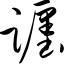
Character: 躔